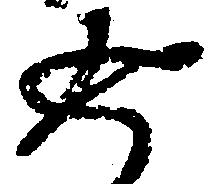
返